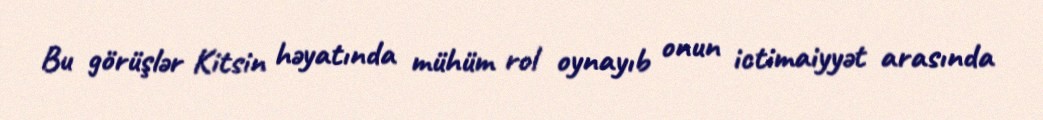
Bu görüşlər Kitsin həyatında mühüm rol oynayıb onun ictimaiyyət arasında